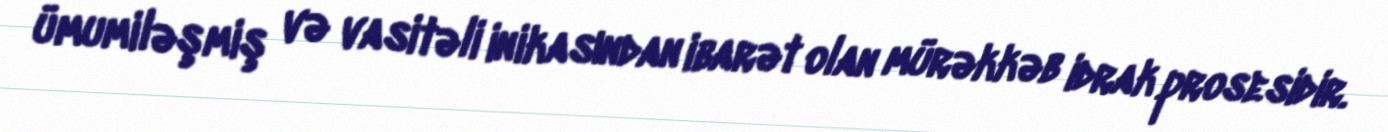
ümumiləşmiş və vasitəli inikasından ibarət olan mürəkkəb idrak prosesidir.